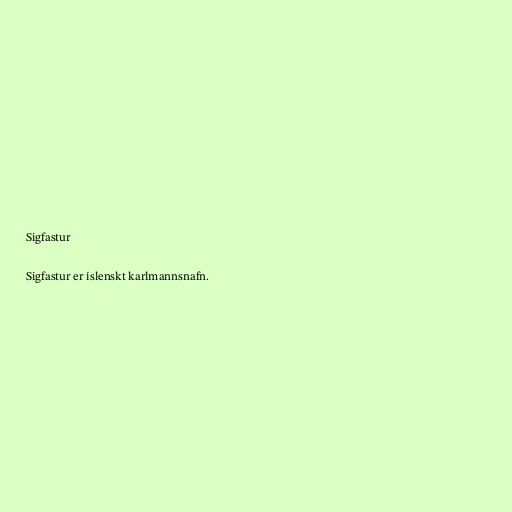
Sigfastur

Sigfastur er íslenskt karlmannsnafn.